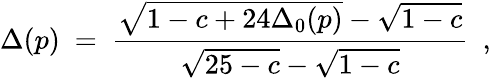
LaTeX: \Delta(p)~=~\frac{\sqrt{1-c+24\Delta_{0}(p)}-\sqrt{1-c}}{\sqrt{25-c}-\sqrt{1-c}}~~,